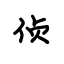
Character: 侦